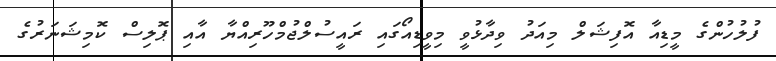
ފުލުހުންގެ މީޑިއާ އޮފިޝަލް މިއަދު ވިދާޅުވީ މިވީޑިއޯގައި ރައީސުލްޖުމްހޫރިއްޔާ އާއި ޕޮލިސް ކޮމިޝަނަރުގެ